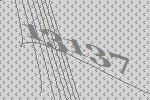
13137